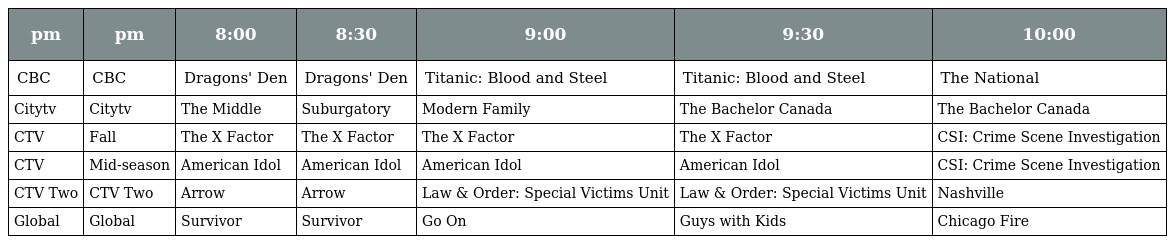
| pm | pm | 8:00 | 8:30 | 9:00 | 9:30 | 10:00 |
 | --- | --- | --- | --- | --- | --- | --- |
 | CBC | CBC | Dragons' Den | Dragons' Den | Titanic: Blood and Steel | Titanic: Blood and Steel | The National |
 | Citytv | Citytv | The Middle | Suburgatory | Modern Family | The Bachelor Canada | The Bachelor Canada |
 | CTV | Fall | The X Factor | The X Factor | The X Factor | The X Factor | CSI: Crime Scene Investigation |
 | CTV | Mid-season | American Idol | American Idol | American Idol | American Idol | CSI: Crime Scene Investigation |
 | CTV Two | CTV Two | Arrow | Arrow | Law & Order: Special Victims Unit | Law & Order: Special Victims Unit | Nashville |
 | Global | Global | Survivor | Survivor | Go On | Guys with Kids | Chicago Fire |